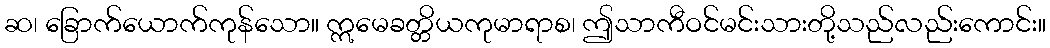
ဆ၊ ခြောက်ယောက်ကုန်သော။ ဣမေခတ္တိယကုမာရာစ၊ ဤသာကီဝင်မင်းသားတို့သည်လည်းကောင်း။